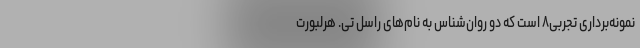
نمونه‌برداری تجربی۸ است که دو روان‌شناس به نام‌های راسل تی. هرلبورت